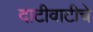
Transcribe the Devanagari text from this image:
दाटीवाटीचे